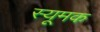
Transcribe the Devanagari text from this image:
स्यूमक